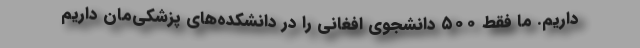
داریم. ما فقط ۵۰۰ دانشجوی افغانی را در دانشکده‌های پزشکی‌مان داریم